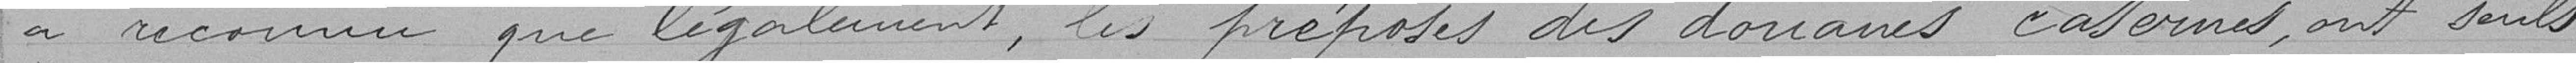
a reconnu que légalement, les préposés des douanes casernés, ont seuls